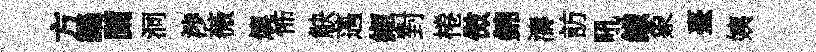
方鷀闌洞渉薇燠怖觖薖縆對棬傚錦濤訪吼纎象臺姨